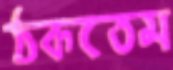
ঠকতেম